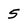
Character: 5